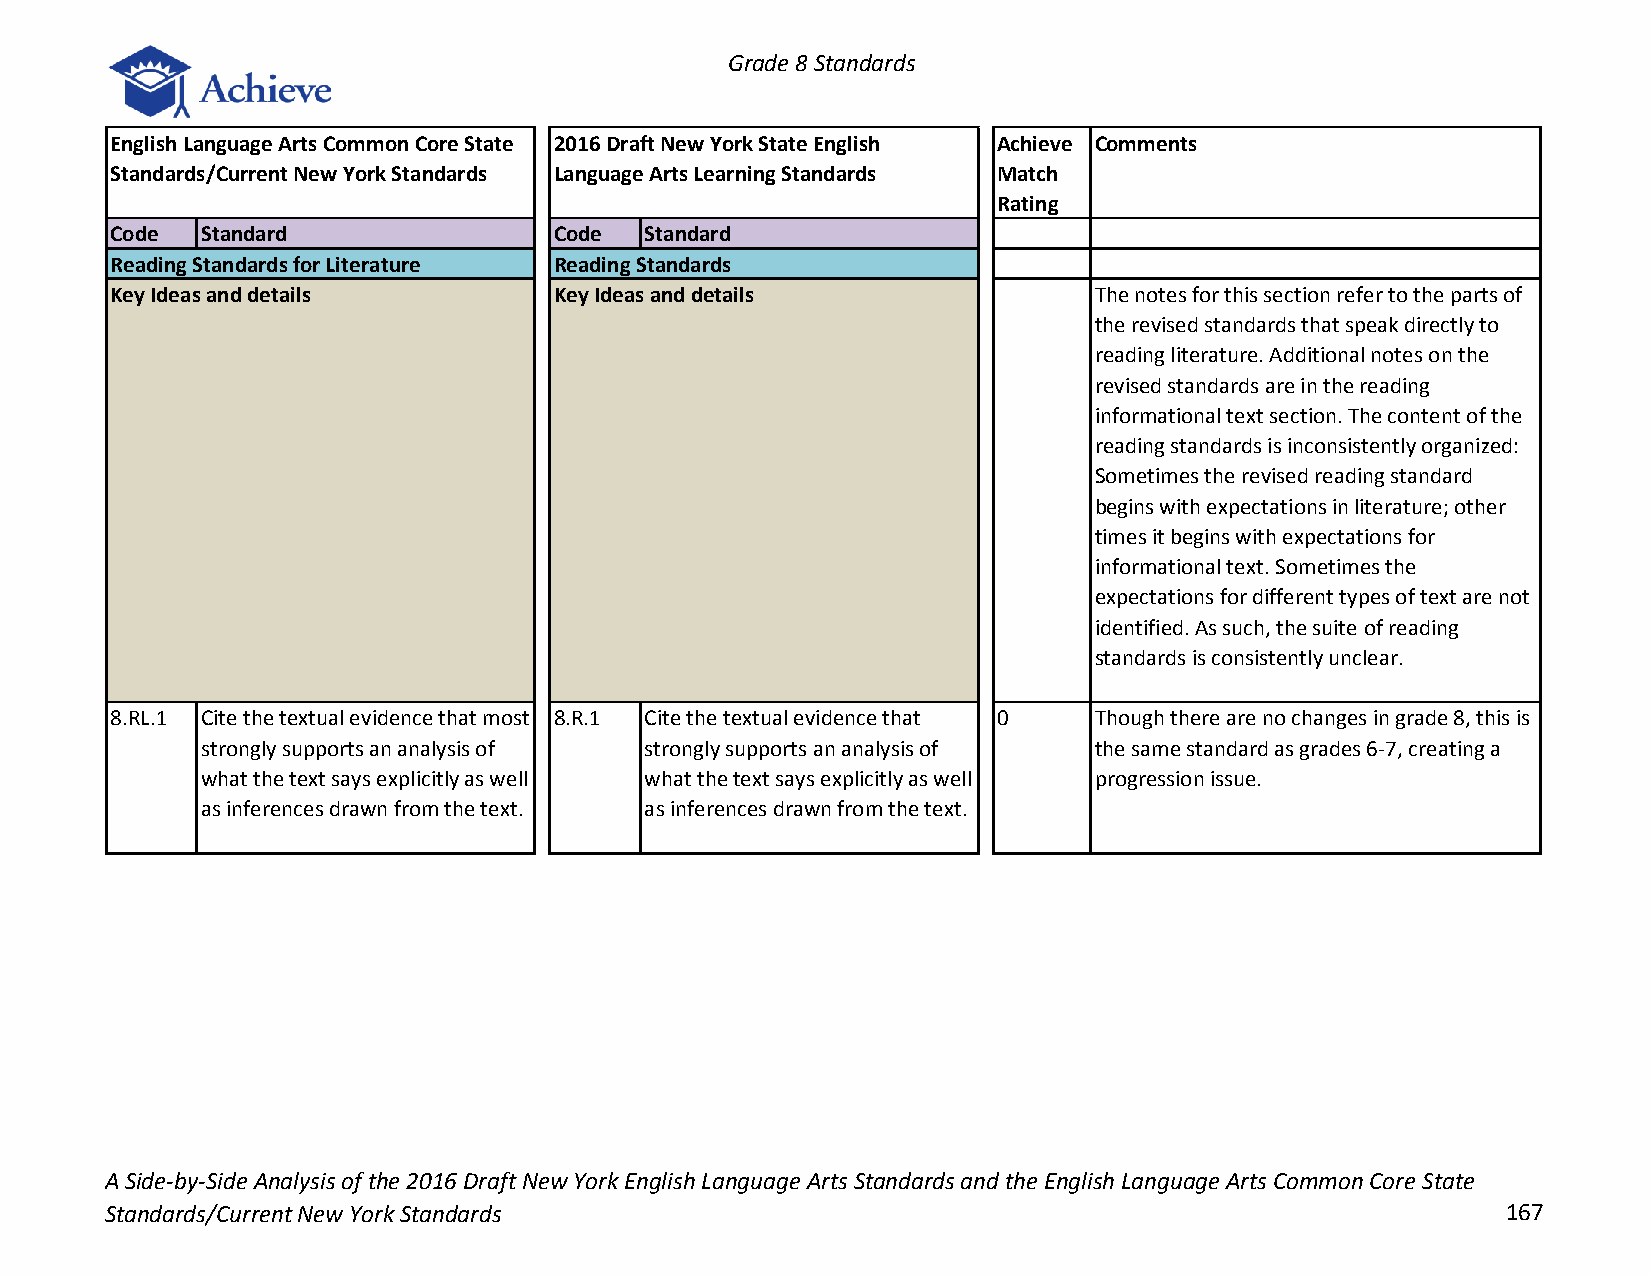
Grade 8 Standards
 English Language Arts Common Core State 2016 Draft New York State English Achieve Comments
 Standards/Current New York Standards Language Arts Learning Standards Match
 Rating
 Code  Standard                Code  Standard
 Reading Standards for Literature Reading Standards
 Key Ideas and details         Key Ideas and details              The notes for this section refer to the parts of
 the revised standards that speak directly to
 reading literature. Additional notes on the
 revised standards are in the reading
 informational text section. The content of the
 reading standards is inconsistently organized:
 Sometimes the revised reading standard
 begins with expectations in literature; other
 times it begins with expectations for
 informational text. Sometimes the
 expectations for different types of text are not
 identified. As such, the suite of reading
 standards is consistently unclear.
 8.RL.1 Cite the textual evidence that most 8.R.1 Cite the textual evidence that 0 Though there are no changes in grade 8, this is
 strongly supports an analysis of strongly supports an analysis of the same standard as grades 6-7, creating a
 what the text says explicitly as well what the text says explicitly as well progression issue.
 as inferences drawn from the text. as inferences drawn from the text.
 A Side-by-Side Analysis of the 2016 Draft New York English Language Arts Standards and the English Language Arts Common Core State
 Standards/Current New York Standards                                                         167